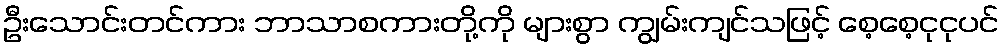
ဦးသောင်းတင်ကား ဘာသာစကားတို့ကို များစွာ ကျွမ်းကျင်သဖြင့် စေ့စေ့ငုငုပင်